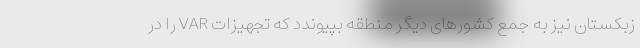
زبکستان نیز به جمع کشورهای دیگر منطقه بپیوندد که تجهیزات VAR را در